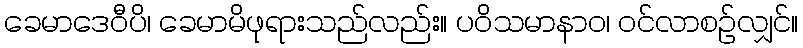
ခေမာဒေဝီပိ၊ ခေမာမိဖုရားသည်လည်း။ ပဝိသမာနာဝ၊ ဝင်လာစဉ်လျှင်။